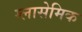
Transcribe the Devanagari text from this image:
ग्लासेमिक